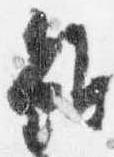
雖